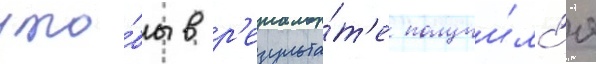
что́бы в р'езульта́т'е получи́лс'я